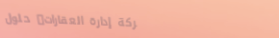
شركة إدارة العقارات: حلول